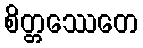
စိတ္တဿေတေ